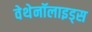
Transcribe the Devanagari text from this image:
वेथेनॉलाइड्स